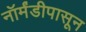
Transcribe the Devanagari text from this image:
नॉर्मंडीपासून